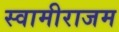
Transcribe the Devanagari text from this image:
स्वामीराजम